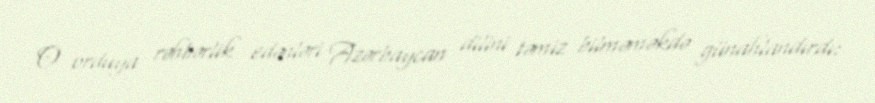
O orduya rəhbərlik edənləri Azərbaycan dilini təmiz bilməməkdə günahlandırdı: